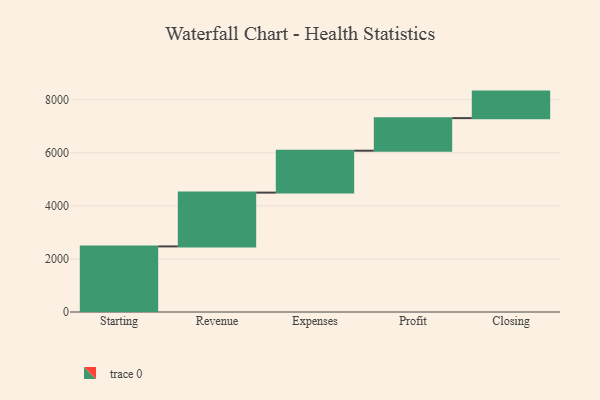
{"axis": {"x": "Step", "y": "Value"}, "legend": [""], "data": [{"x": "Starting", "y": 2472.0, "type": ""}, {"x": "Revenue", "y": 2028.0, "type": ""}, {"x": "Expenses", "y": 1579.0, "type": ""}, {"x": "Profit", "y": 1228.0, "type": ""}, {"x": "Closing", "y": 1000, "type": ""}]}